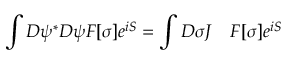
\int D \psi ^ { * } D \psi F [ \sigma ] e ^ { i S } = \int D \sigma J \quad F [ \sigma ] e ^ { i S }